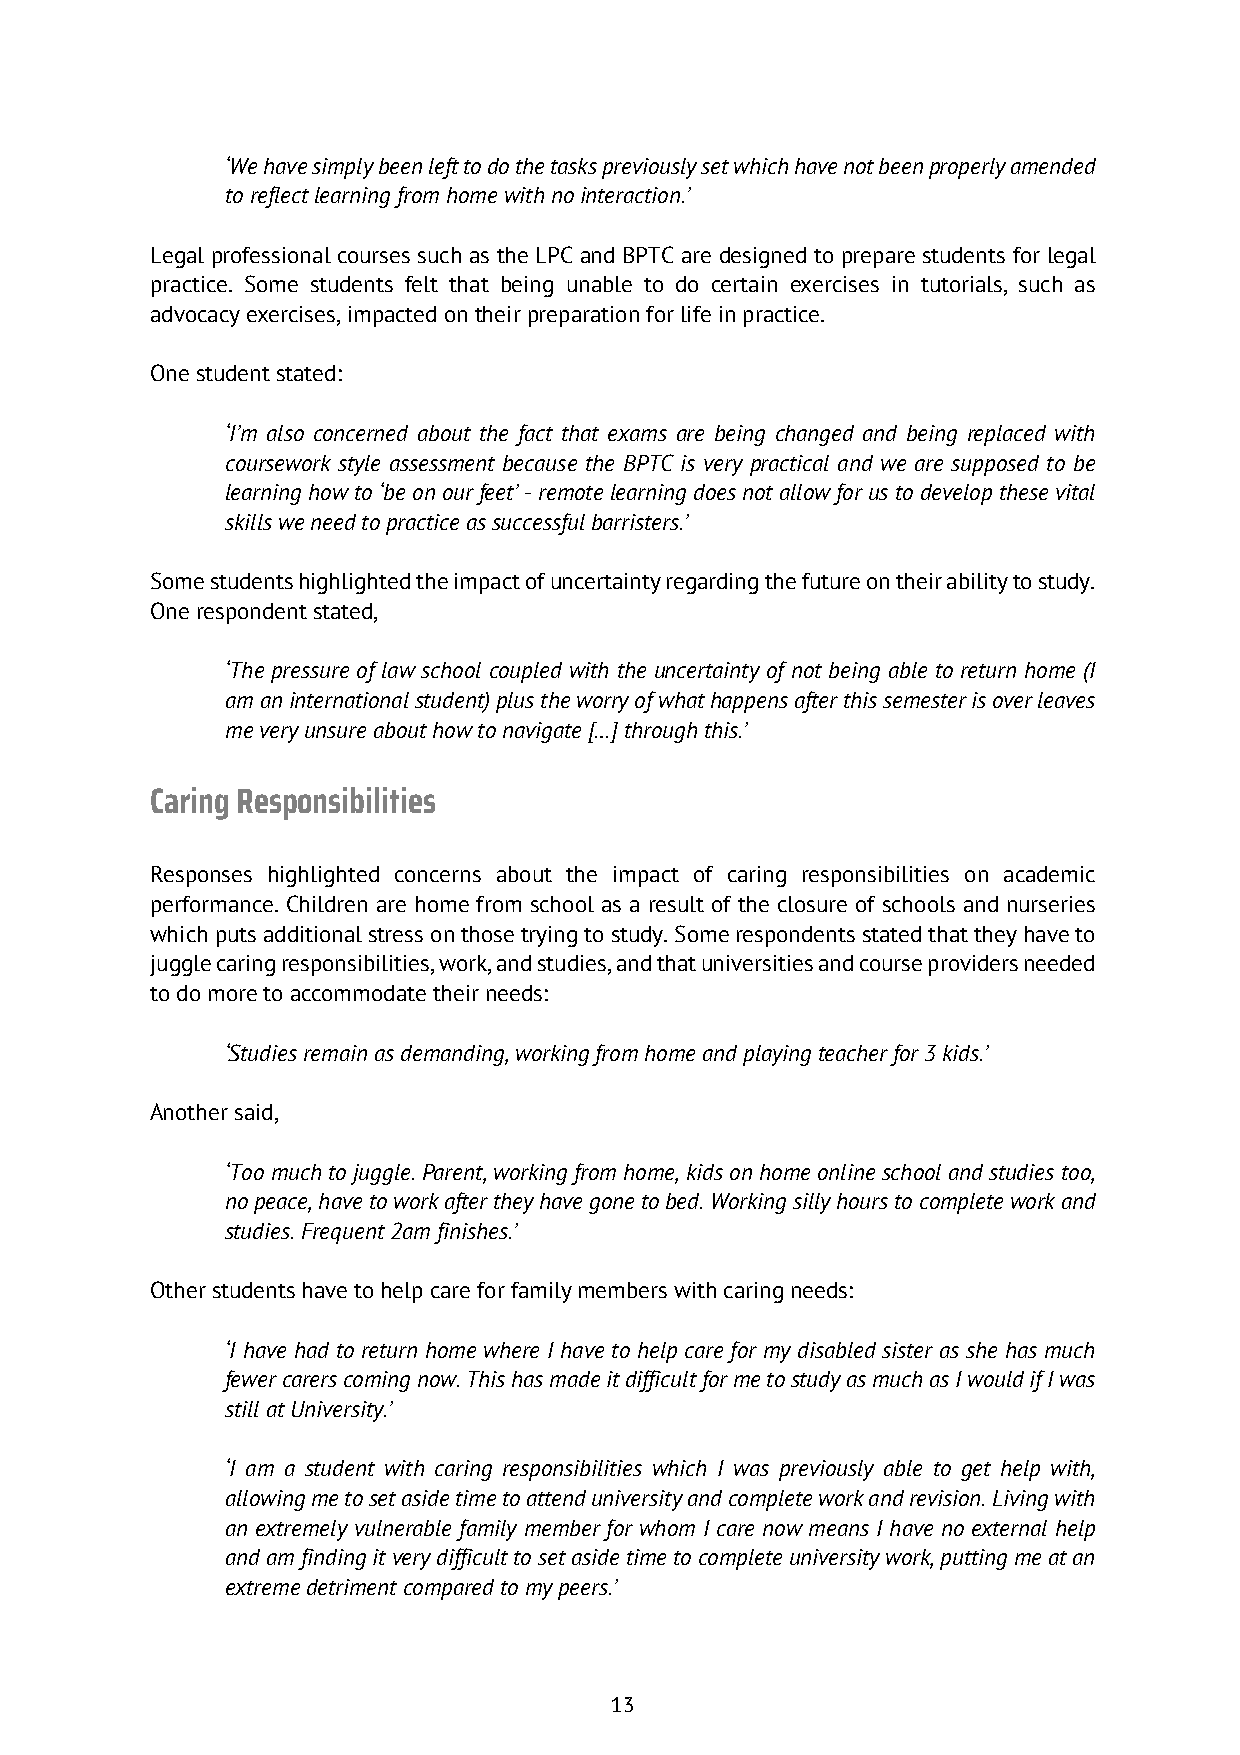
‘We have simply been left to do the tasks previously set which have not been properly amended
 to reflect learning from home with no interaction.’
 Legal professional courses such as the LPC and BPTC are designed to prepare students for legal
 practice. Some students felt that being unable to do certain exercises in tutorials, such as
 advocacy exercises, impacted on their preparation for life in practice.
 One student stated:
 ‘I’m also concerned about the fact that exams are being changed and being replaced with
 coursework style assessment because the BPTC is very practical and we are supposed to be
 learning how to ‘be on our feet’ - remote learning does not allow for us to develop these vital
 skills we need to practice as successful barristers.’
 Some students highlighted the impact of uncertainty regarding the future on their ability to study.
 One respondent stated,
 ‘The pressure of law school coupled with the uncertainty of not being able to return home (I
 am an international student) plus the worry of what happens after this semester is over leaves
 me very unsure about how to navigate […] through this.’
 Caring Responsibilities
 Responses highlighted concerns about the impact of caring responsibilities on academic
 performance. Children are home from school as a result of the closure of schools and nurseries
 which puts additional stress on those trying to study. Some respondents stated that they have to
 juggle caring responsibilities, work, and studies, and that universities and course providers needed
 to do more to accommodate their needs:
 ‘Studies remain as demanding, working from home and playing teacher for 3 kids.’
 Another said,
 ‘Too much to juggle. Parent, working from home, kids on home online school and studies too,
 no peace, have to work after they have gone to bed. Working silly hours to complete work and
 studies. Frequent 2am finishes.’
 Other students have to help care for family members with caring needs:
 ‘I have had to return home where I have to help care for my disabled sister as she has much
 fewer carers coming now. This has made it difficult for me to study as much as I would if I was
 still at University.’
 ‘I am a student with caring responsibilities which I was previously able to get help with,
 allowing me to set aside time to attend university and complete work and revision. Living with
 an extremely vulnerable family member for whom I care now means I have no external help
 and am finding it very difficult to set aside time to complete university work, putting me at an
 extreme detriment compared to my peers.’
 13